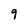
Character: q